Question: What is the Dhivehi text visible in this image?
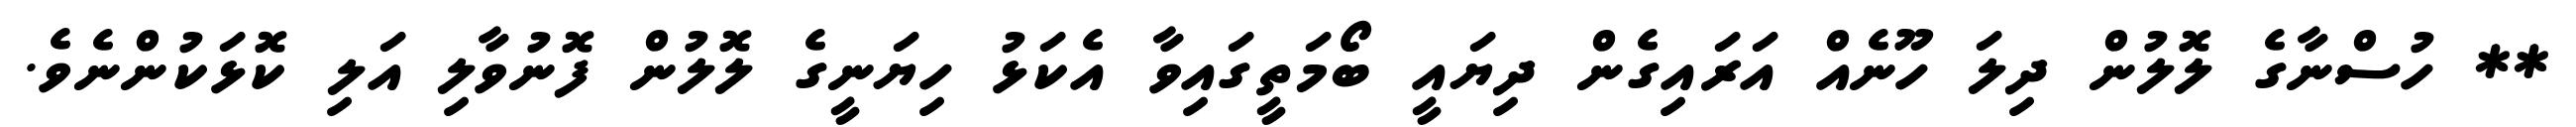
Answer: ** ހުސްނާގެ ލޮލުން ދިލަ ހޫނެއް އަރައިގެން ދިޔައީ ބޯމަތީގައިވާ އެކަޅު ހިޔަނީގެ ލޮލުން ފޮނުވާލި އަލި ކޮޅަކުންނެވެ.